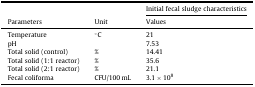
<table><thead><tr><td>[EMPTY_CELL]</td><td>[EMPTY_CELL]</td><td><b>Initial fecal sludge characteristics</b></td></tr><tr><td><b>Parameters</b></td><td><b>Unit</b></td><td><b>Values</b></td></tr></thead><tbody><tr><td>Temperature</td><td>°C</td><td>21</td></tr><tr><td>pH</td><td>[EMPTY_CELL]</td><td>7.53</td></tr><tr><td>Total solid (control)</td><td>%</td><td>14.41</td></tr><tr><td>Total solid (1:1 reactor)</td><td>%</td><td>35.6</td></tr><tr><td>Total solid (2:1 reactor)</td><td>%</td><td>21.1</td></tr><tr><td>Fecal coliforma</td><td>CFU/100 mL</td><td>3.1 × 10<sup>8</sup></td></tr></tbody></table>